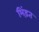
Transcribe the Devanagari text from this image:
भिंड़त